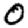
Digit: 0